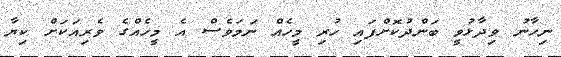
ނިހާނު ވިދާޅުވީ ބަންދުކޮށްފައި ހުރި މީހެއް ނަމަވެސް އެ މީހެއްގެ ވެރިއަކަށް ކިޔާ